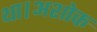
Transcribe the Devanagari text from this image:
था।अशोक